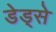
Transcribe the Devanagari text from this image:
डेड्से